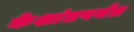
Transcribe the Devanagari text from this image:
केशांतपर्यंत